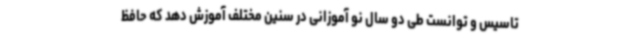
تاسیس و توانست طی دو سال نو آموزانی در سنین مختلف آموزش دهد که حافظ